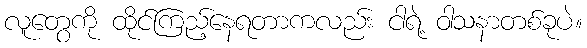
လူတွေကို ထိုင်ကြည့်နေရတာကလည်း ငါရဲ့ ဝါသနာတစ်ခုပဲ။